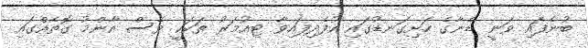
ބުނެފައި ވަނީ ޑެނާގެ ހަށިގަނޑުގައި އުފެދިފައިވާ ޓިއުމަރު ތަކަކީ ވެސް އާންމު ގޮތެއްގައި